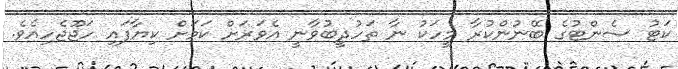
ކަޓު ސެންޓުގެ ބޭނުންކުރާ މީހަކު ނާ ތަހުޛީބުވާނީ އެވަރަށް ކަމަށް ކިޔާފައި ހަޖޫޖެހިއެވެ.